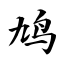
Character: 鸠